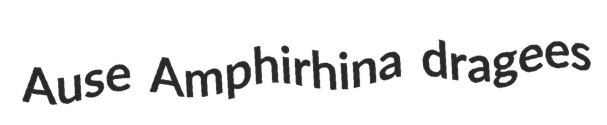
Ause Amphirhina dragees